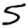
Digit: 5